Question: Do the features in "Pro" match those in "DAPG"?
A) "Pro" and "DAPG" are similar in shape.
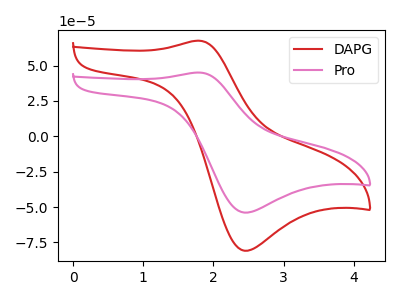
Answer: <think>The red curve "DAPG" has an anodic peak at (1.80V, 67.55uA) and a cathodic peak at (2.45V, -80.85uA). The pink curve "Pro" has an anodic peak at (1.80V, 45.05uA) and a cathodic peak at (2.45V, -53.95uA).
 All the peaks in "Pro" have a peak in "DAPG" at the same potential. Every peak in "Pro" is lower than every peak in "DAPG".</think>
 <answer>A) "Pro" and "DAPG" are similar in shape.</answer>
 <eval>A</eval>